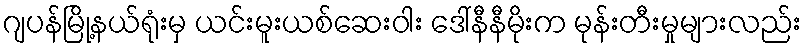
ဂျပန်မြို့နယ်ရုံးမှ ယင်းမူးယစ်ဆေးဝါး ဒေါ်နီနီမိုးက မုန်းတီးမှုများလည်း